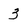
Character: 3